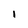
Character: l